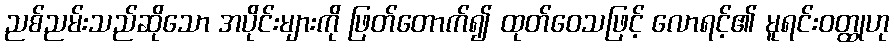
ညစ်ညမ်းသည်ဆိုသော အပိုင်းများကို ဖြတ်တောက်၍ ထုတ်ဝေသဖြင့် လောရင့်၏ မူရင်းဝတ္ထုဟု